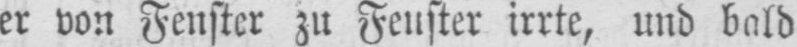
er von Fenster zu Fenster irrte, und bald